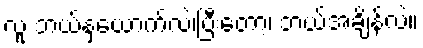
လူ ဘယ်နှယောက်လဲ၊ပြီးတော့၊ ဘယ်အချိန်လဲ။